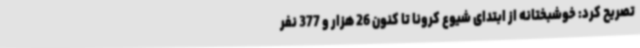
تصریح کرد: خوشبختانه از ابتدای شیوع کرونا تا کنون 26 هزار و 377 نفر